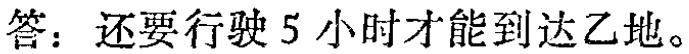
答：还要行驶 5 小时才能到达乙地。